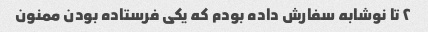
٢ تا نوشابه سفارش داده بودم که یکى فرستاده بودن ممنون